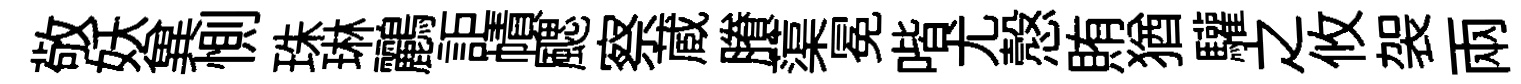
敬妖兾惻珠琳鸝詎幘颸察蔵賸蕖冕喈尤慤賄猶驩之攸袈兩